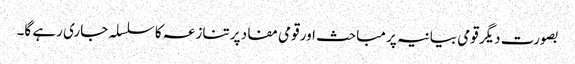
بصورت دیگر قومی بیانیہ پر مباحث اور قومی مفاد پر تنازعہ کا سلسلہ جاری رہے گا۔